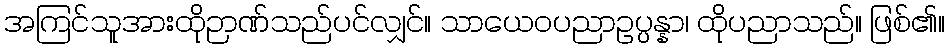
အကြင်သူအားထိုဉာဏ်သည်ပင်လျှင်။ သာယေဝပညာဥပ္ပန္နာ၊ ထိုပညာသည်။ ဖြစ်၏။